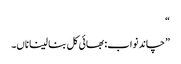
“
”چاند نواب: بھائی کل بنا لینا ناں۔